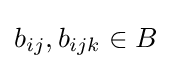
b_{ij},b_{ijk}\in B